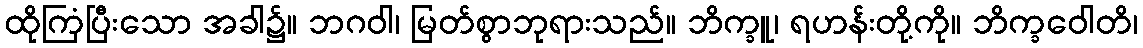
ထိုကြံပြီးသော အခါ၌။ ဘဂဝါ၊ မြတ်စွာဘုရားသည်။ ဘိက္ခူ၊ ရဟန်းတို့ကို။ ဘိက္ခဝေါတိ၊